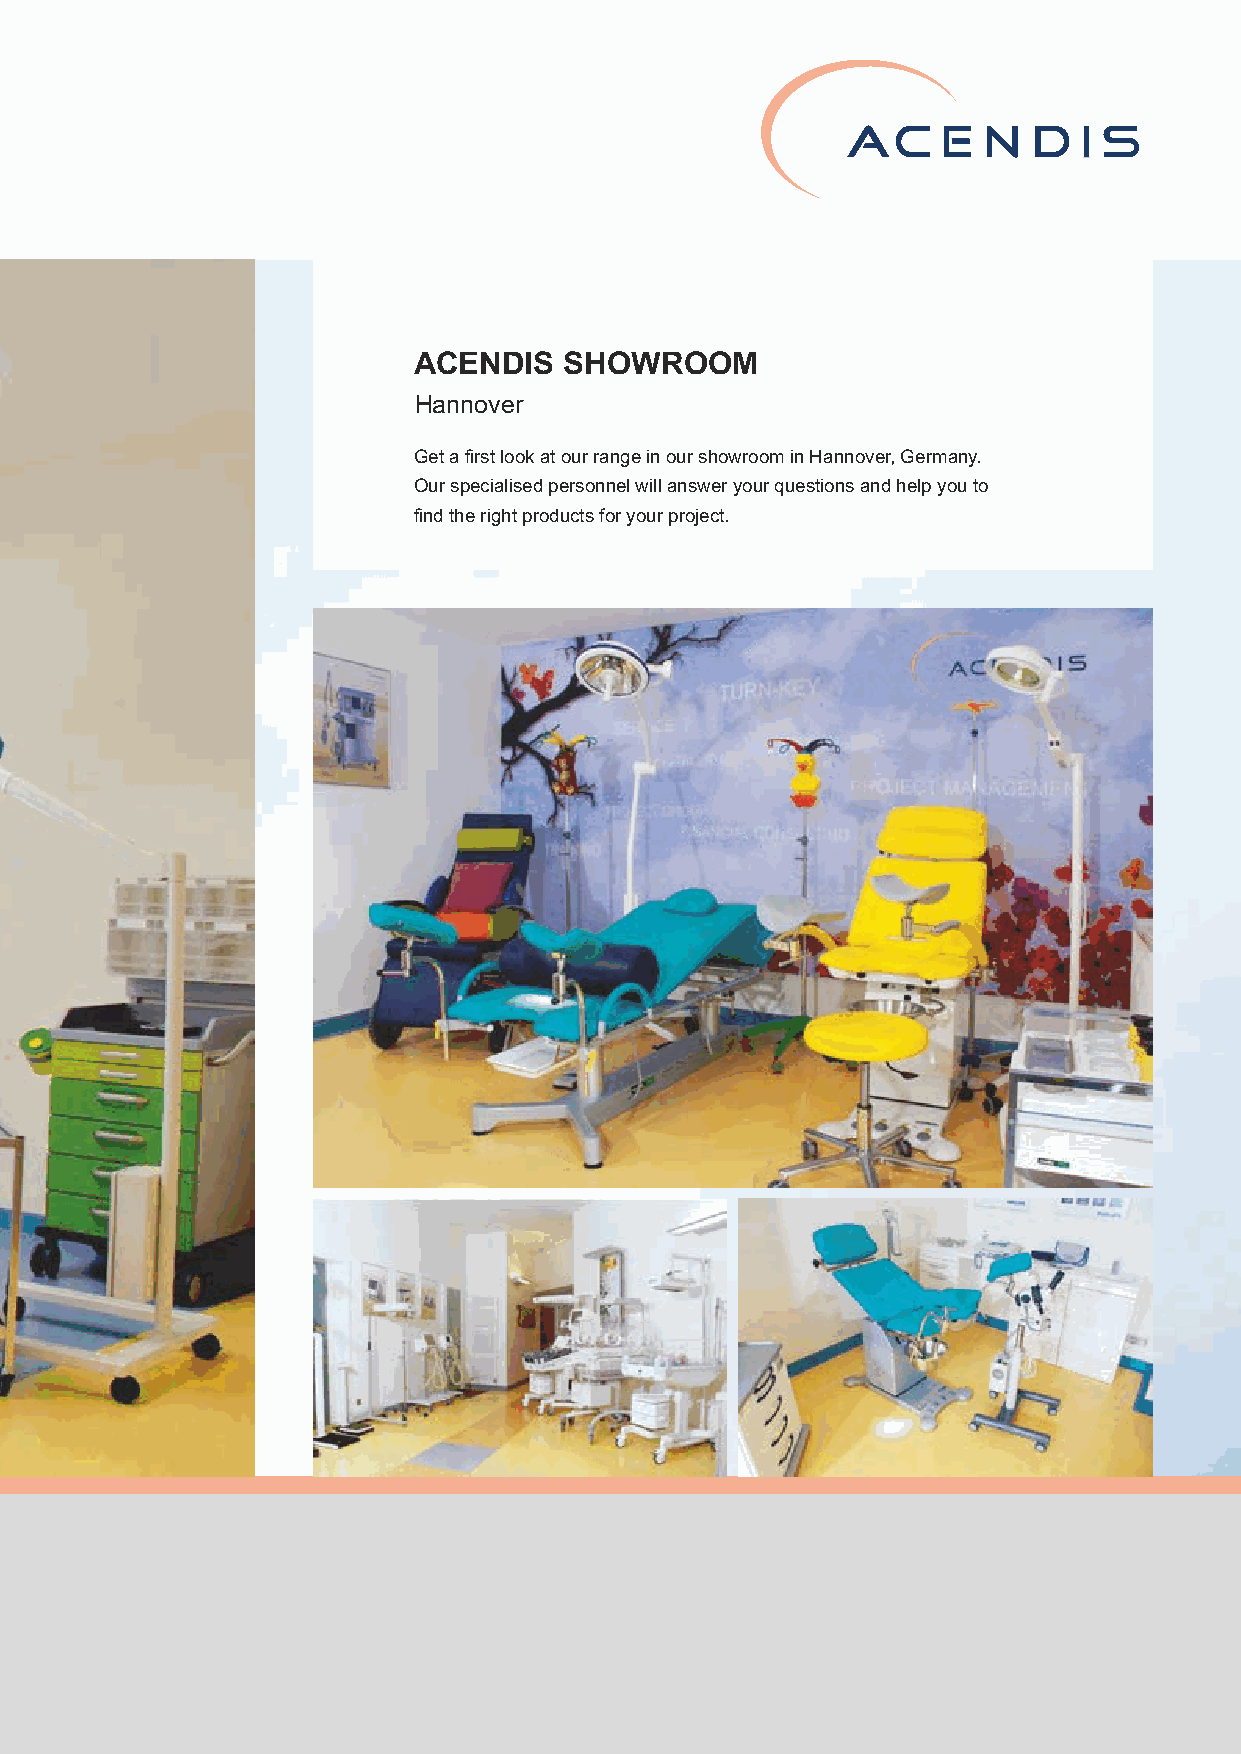
Showroom Operating Theatre
 ACENDIS   SHOWROOM
 Hannover
 Get a first look at our range in our showroom in Hannover, Germany.
 Our specialised personnel will answer your questions and help you to
 find the right products for your project.
 We offer the whole range of medical devices.